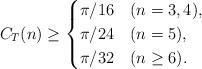
LaTeX: \begin{align*} C_T(n) \geq \begin{cases} \pi/16 & (n=3,4),\\ \pi/24 & (n=5),\\ \pi/32 & (n\geq6). \end{cases}\end{align*}